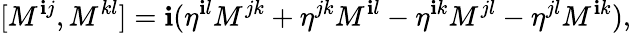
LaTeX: [M^{\mathbf{i}j},M^{kl}]=\mathbf{i}(\eta^{\mathbf{i}l}M^{jk}+\eta^{jk}M^{\mathbf{i}l}-\eta^{\mathbf{i}k}M^{jl}-\eta^{jl}M^{\mathbf{i}k}),